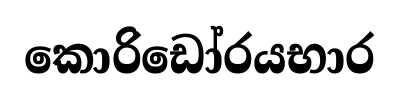
කොරිඩෝරයභාර